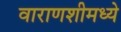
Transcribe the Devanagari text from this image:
वाराणशीमध्ये